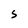
Character: S